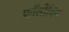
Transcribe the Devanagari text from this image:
फॉलोयिंग